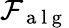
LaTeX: \mathcal{F}_{\mathrm{~a~l~g~}}